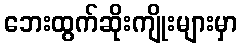
ဘေးထွက်ဆိုးကျိုးများမှာ